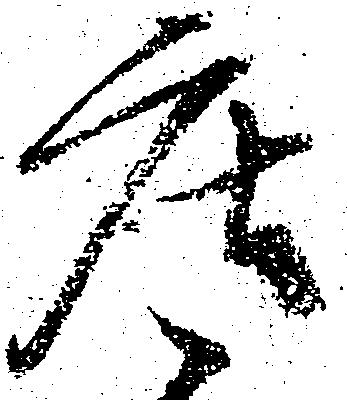
庄